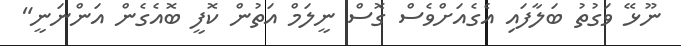
ނޫޅޭ ވަގުތު ބަލާފައި އެގެއަށްވެސް ގޮސް ނީލަމް އަތުން ކޮފީ ބޮއެގެން އަންނަނީ"